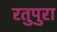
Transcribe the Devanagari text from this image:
रतुपुरा